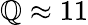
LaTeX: \mathbb{Q}\approx11